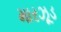
મારઝૂડ